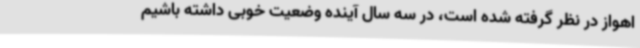
اهواز در نظر گرفته شده است، در سه سال آینده وضعیت خوبی داشته باشیم